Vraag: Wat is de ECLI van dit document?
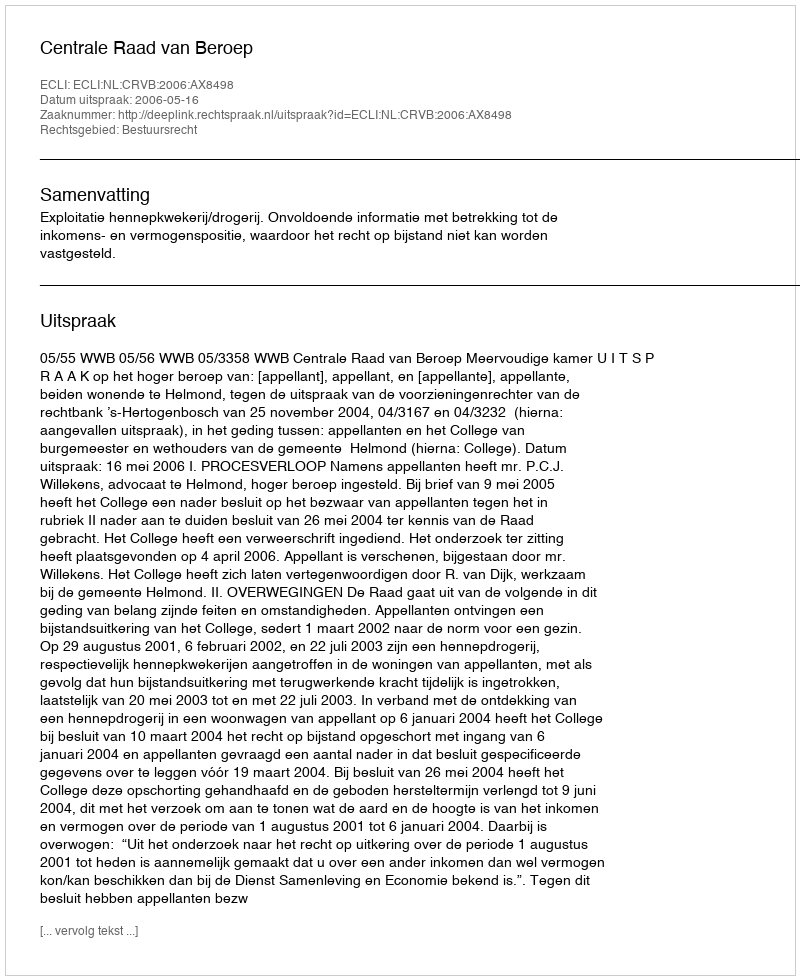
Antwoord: ECLI:NL:CRVB:2006:AX8498